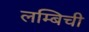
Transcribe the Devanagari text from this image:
लम्बिची